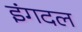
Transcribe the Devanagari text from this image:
इंगदल